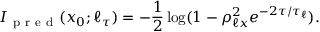
I _ { \mathrm { ~ p ~ r ~ e ~ d ~ } } ( x _ { 0 } ; \ell _ { \tau } ) = - \frac { 1 } { 2 } \log ( 1 - \rho _ { \ell x } ^ { 2 } e ^ { - 2 \tau / \tau _ { \ell } } ) .